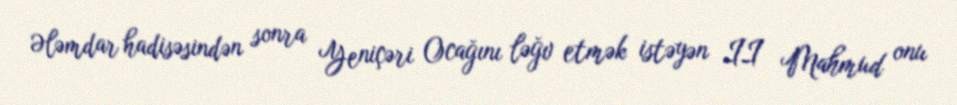
Ələmdar hadisəsindən sonra Yeniçəri Ocağını ləğv etmək istəyən II Mahmud onu